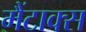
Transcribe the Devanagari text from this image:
मैंटाक्स